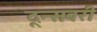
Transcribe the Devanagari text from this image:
दून्सबरी